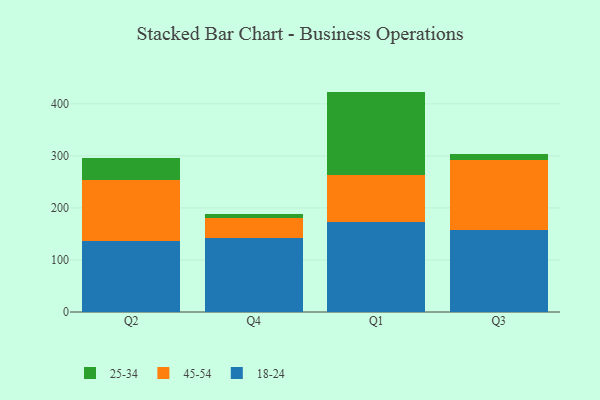
{"axis": {"x": "Quarter", "y": "Customer Acquisition Cost (USD)"}, "legend": ["18-24", "25-34", "45-54"], "data": [{"x": "Q2", "y": 137.0, "type": "18-24"}, {"x": "Q2", "y": 117.2, "type": "45-54"}, {"x": "Q2", "y": 41.6, "type": "25-34"}, {"x": "Q4", "y": 142.4, "type": "18-24"}, {"x": "Q4", "y": 37.7, "type": "45-54"}, {"x": "Q4", "y": 8.4, "type": "25-34"}, {"x": "Q1", "y": 172.5, "type": "18-24"}, {"x": "Q1", "y": 91.0, "type": "45-54"}, {"x": "Q1", "y": 160.1, "type": "25-34"}, {"x": "Q3", "y": 157.2, "type": "18-24"}, {"x": "Q3", "y": 134.3, "type": "45-54"}, {"x": "Q3", "y": 12.7, "type": "25-34"}]}